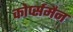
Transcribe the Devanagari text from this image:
कोर्प्समैन